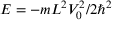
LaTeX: E = - m L ^ { 2 } V _ { 0 } ^ { 2 } / 2 \hbar ^ { 2 }